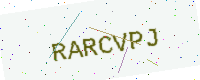
Text: RARCVPJ